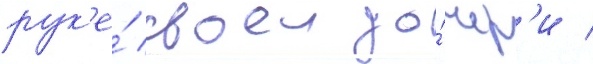
рук'е́ своеи до́чер'и /